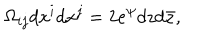
LaTeX: \Omega _ { i j } d x ^ { i } d x ^ { j } = 2 e ^ { \psi } d z d \bar { z } ,